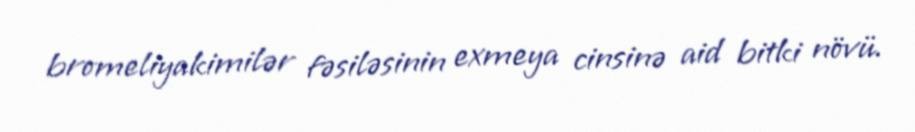
bromeliyakimilər fəsiləsinin exmeya cinsinə aid bitki növü.